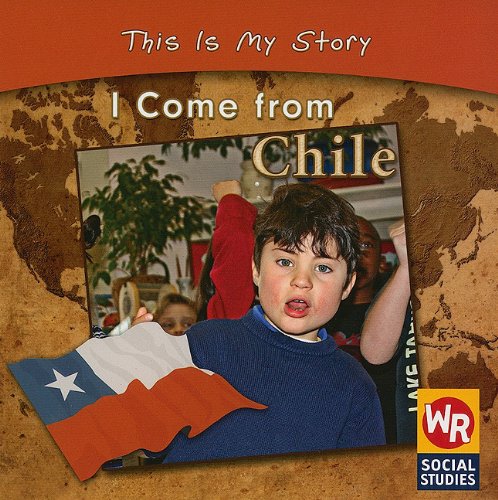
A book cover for I Come from Chile (This Is My Story); Valerie J. Weber; Children's Books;